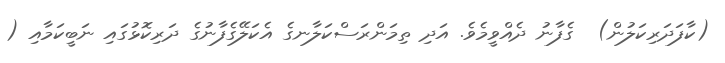
(ކާފަދަރިކަލުން)  ގެފާނު ދެއްވީމެވެ. އަދި ތިމަންރަސްކަލާނގެ އެކަލޭގެފާނުގެ ދަރިކޮޅުގައި ނަބީކަމާއި (